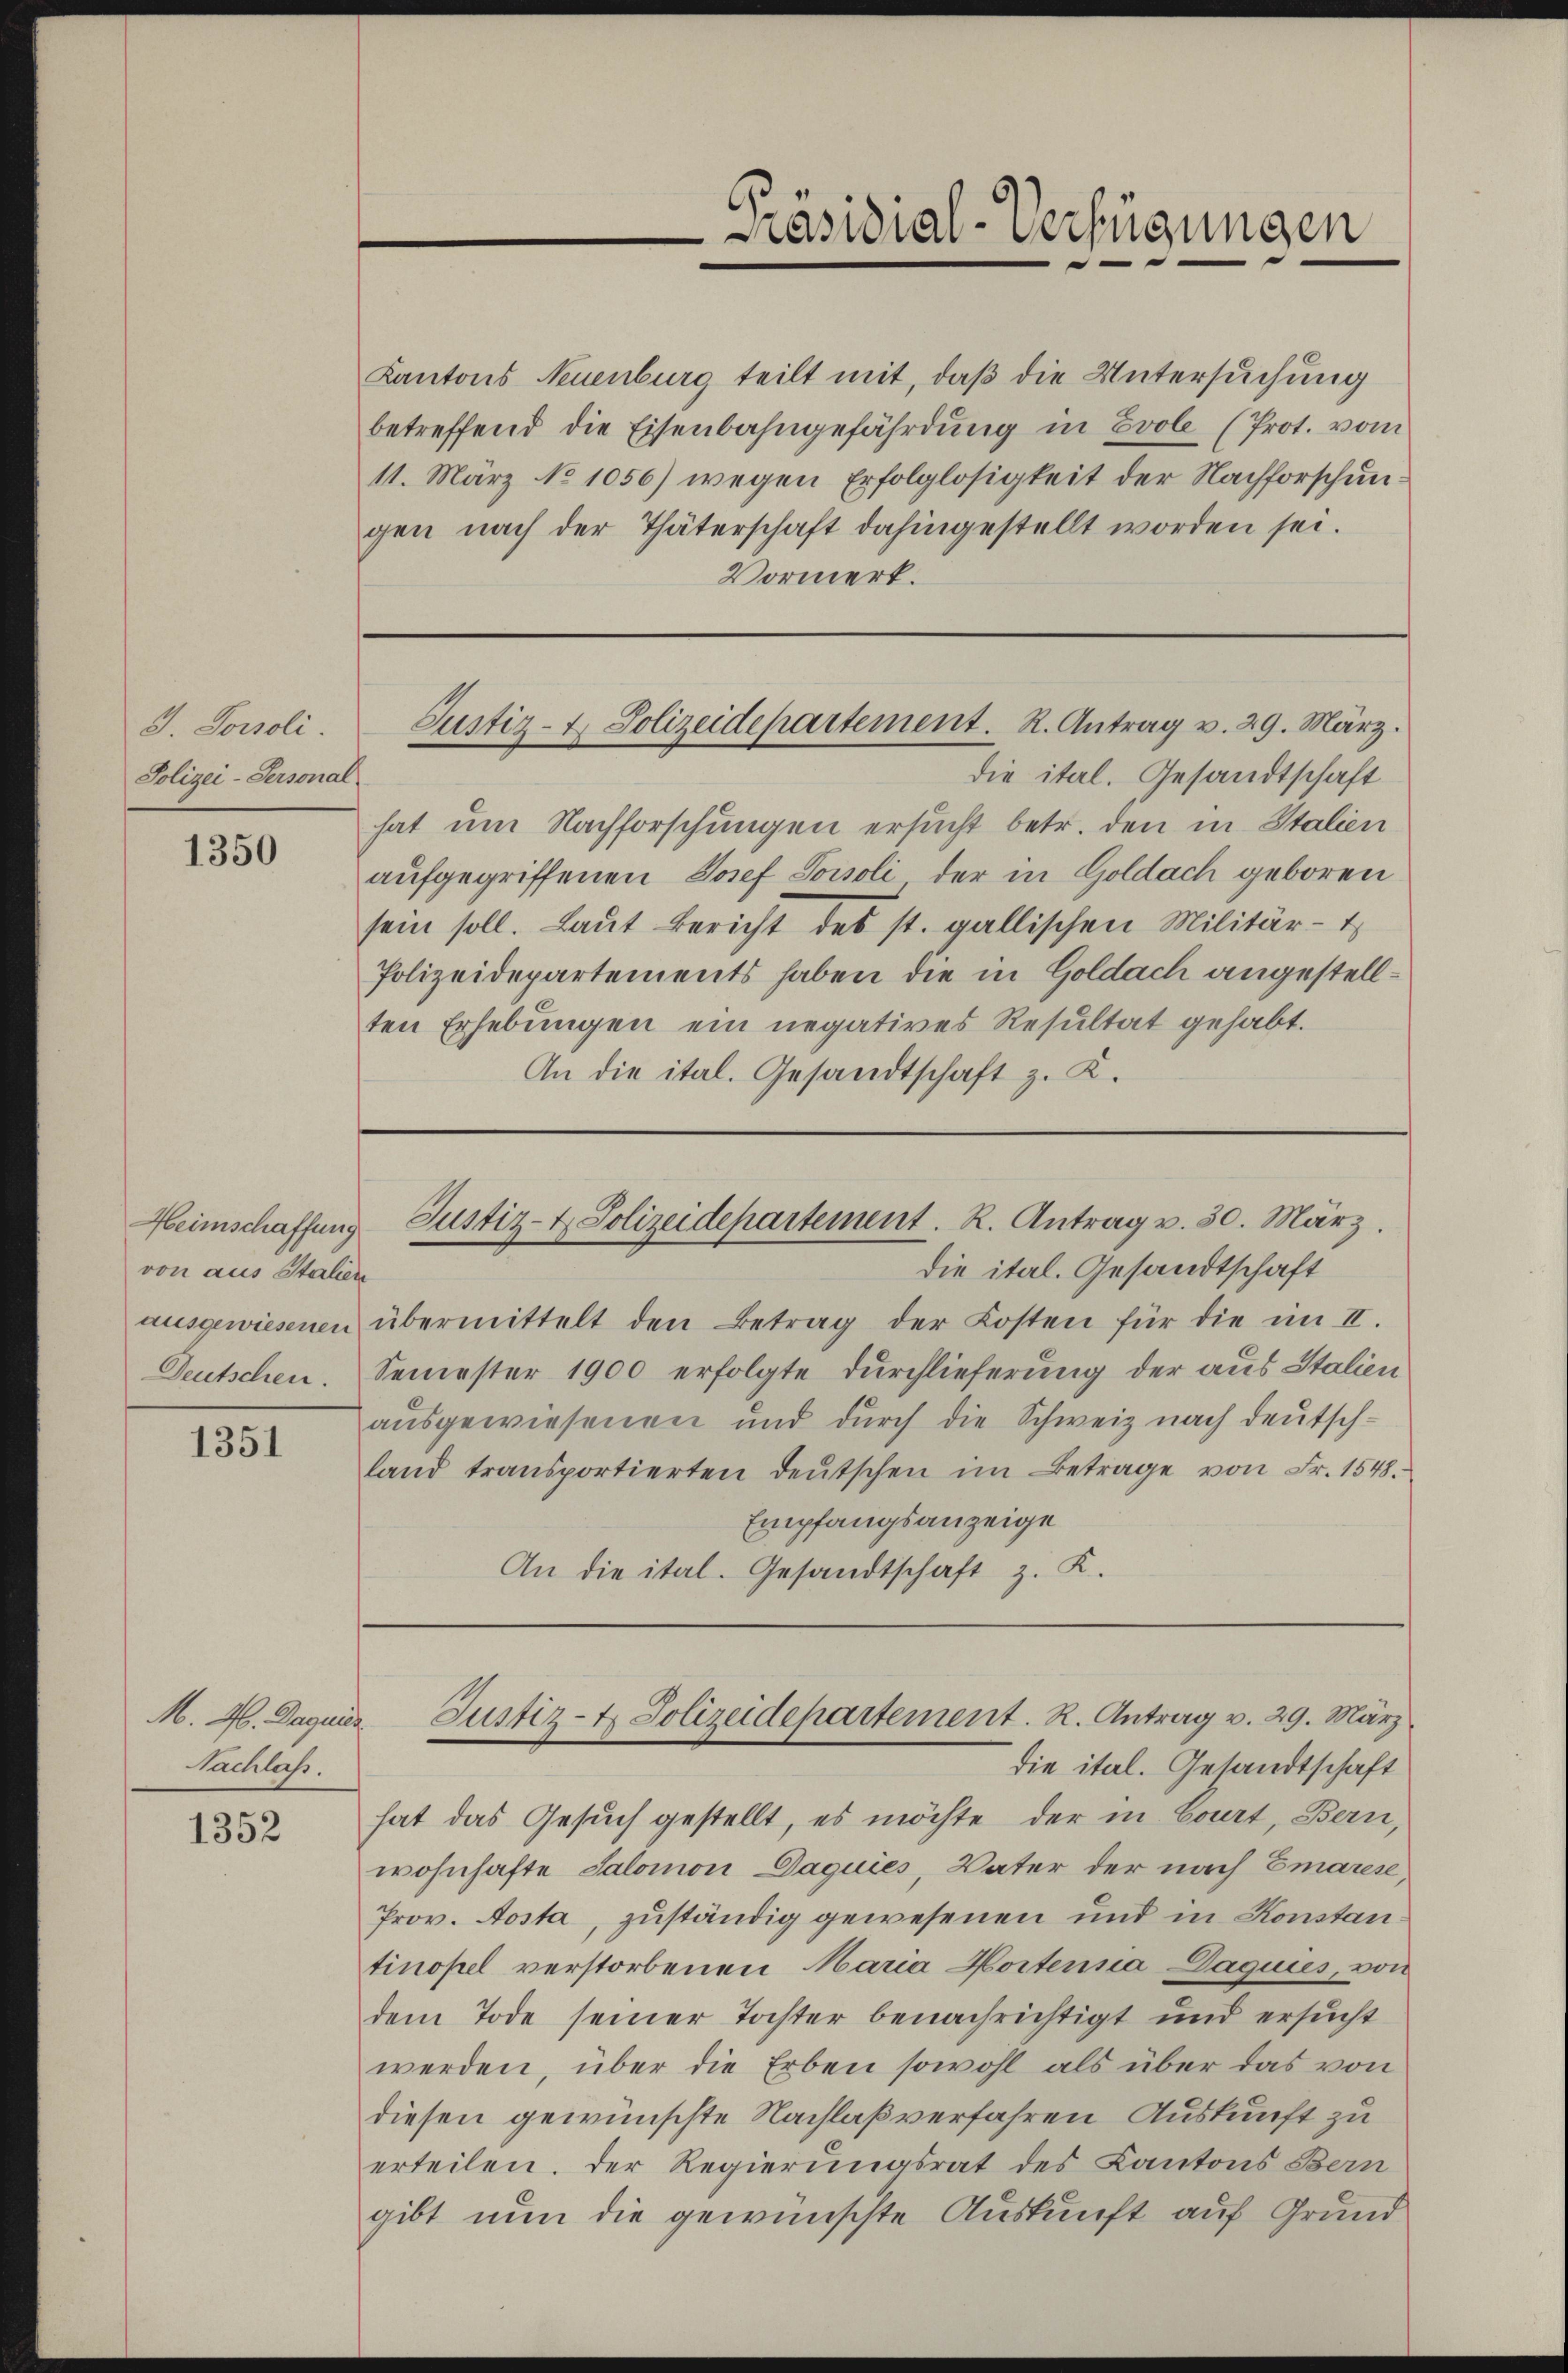
J. Sonsoli
Polizei-Personal

1350

Heimschaffung
von aus Stalien

1351

Kantons Neuenburg teilt mit, daß die Untersuchung
betreffend die Eisenbahngefährdung in Evole (Prot. vom
11. März No 1056) wegen Erfolglosigkeit der Nachforschungen nach der Thäterschaft dahingestellt worden sei.
Vormerk.

M. M. Daguier
Nachlaß.

1352

-Präsidial-Verfügungen

Justiz- & Polizeidepartement. R. Antrag v. 29. März.

Justiz- & Polizeidepartement. R. Antrag v. 30. März.
die ital. Gesandtschaft

die ital. Gesandtschaft
hat um Nachforschungen ersucht betr. den in Stalien
aufgegriffenen Josef Poisoli der in Goldach geboren
sein soll. Laut Bericht des st. gallischen Militär-t
Polizeidepartements haben die in Goldach angestellten Erhebungen ein negatives Resultat gehabt.
An die ital. Gesandtschaft z. K.

Justiz- & Polizeidepartement. R. Antrag v. 29. März
die ital. Gesandtschaft

ausgewiesenen übermittelt den Betrag der Kosten für die im II.
Deutschen. Semester 1900 erfolgte Durchlieferung der aus Italien
ausgewiesenen und durch die Schweiz nach deutschland transportierten deŭtschen im Betrage von Fr. 1548.
Empfangsanzeige
An die ital. Gesandtschaft z. K.

hat das Gesuch gestellt, es möchte, der in Court, Bern,
wohnhafte Salomon DDaguies, Vater der nach Emarese,
Prov. Aosta, zuständig gewesenen und in Konstan
tinopel verstorbenen Maria Hortenna Daquies, von
dem Tode seiner Tochter benachrichtigt und ersucht
werden, über die Erben sowohl als über das von
diesen gewünschte Nachlaß verfahren Auskunft zu
erteilen. Der Regierungsrat des Kantons Bern
gibt nun die gewünschte Auskunft auf Grund